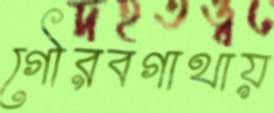
গৌরবগাথায়